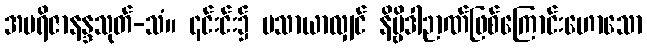
အပရိဇာနန္ဒသုတ်-သံ။ ၎င်းင်း၌ မသာယာလျှင် နိဗ္ဗိဒါဉာဏ်ဖြစ်ကြောင်းဟောသော